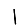
Digit: 1